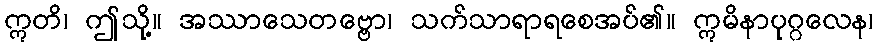
ဣတိ၊ ဤသို့။ အဿာသေတဗ္ဗော၊ သက်သာရာရစေအပ်၏။ ဣမိနာပုဂ္ဂလေန၊